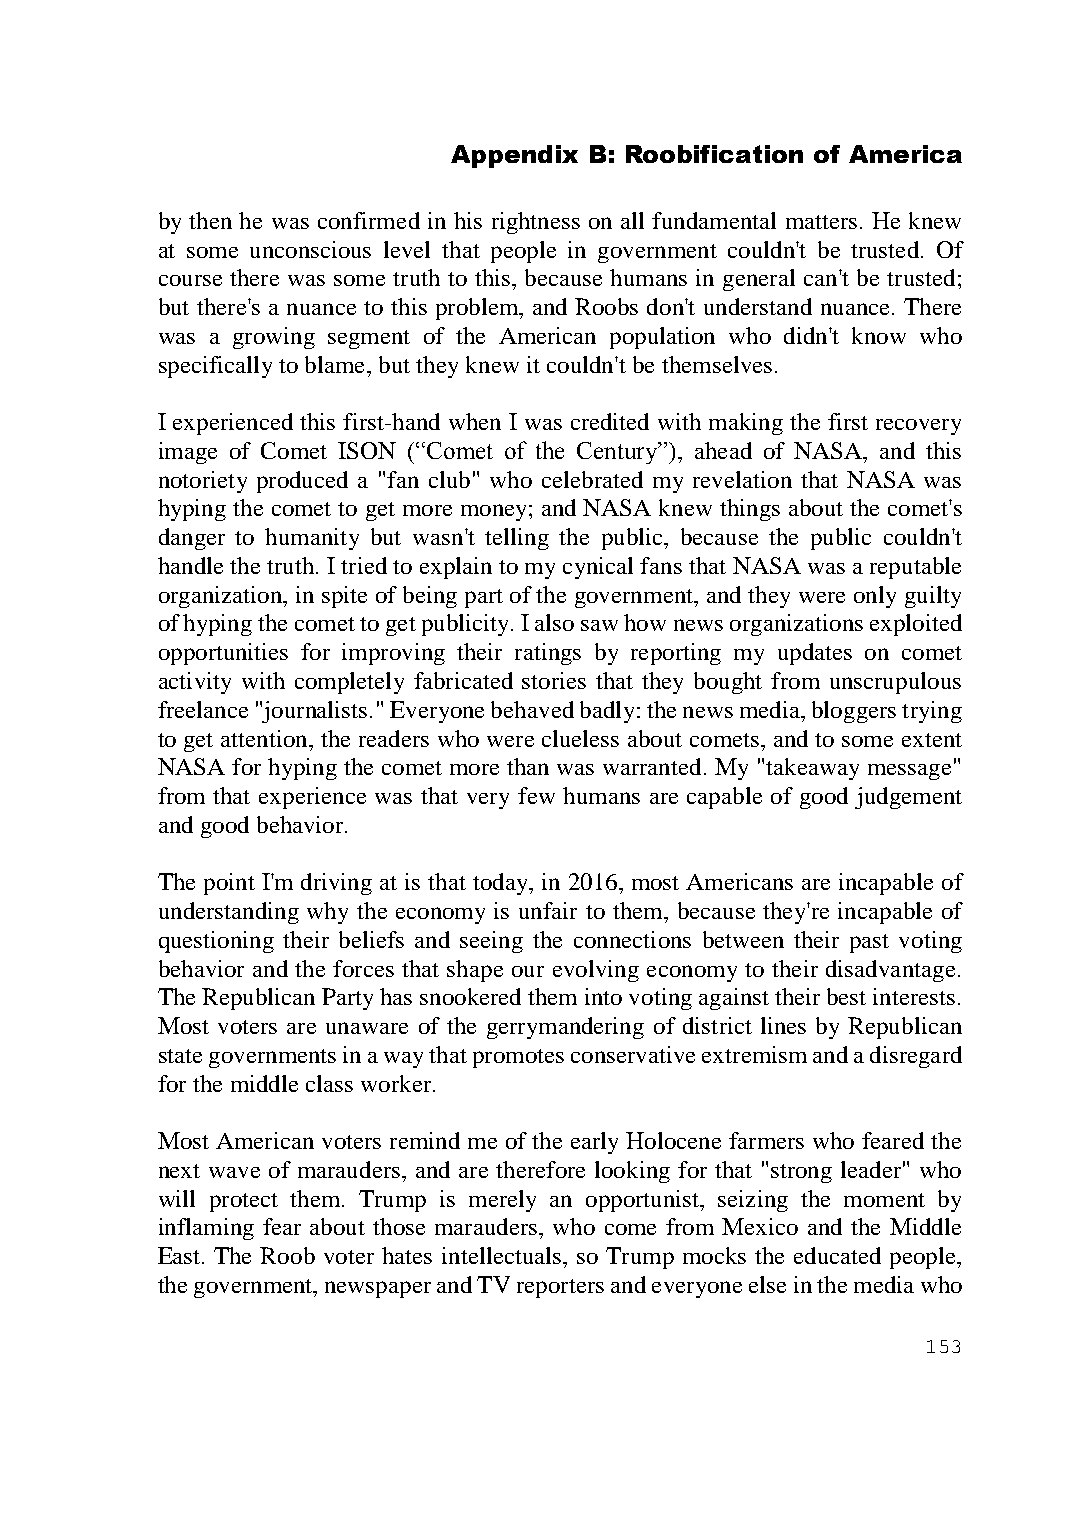
Appendix B: Roobification of America
 by then he was confirmed in his rightness on all fundamental matters. He knew
 at some unconscious level that people in government couldn't be trusted. Of
 course there was some truth to this, because humans in general can't be trusted;
 but there's a nuance to this problem, and Roobs don't understand nuance. There
 was a growing segment of the American population who didn't know who
 specifically to blame, but they knew it couldn't be themselves.
 I experienced this first-hand when I was credited with making the first recovery
 image of Comet ISON (“Comet of the Century”), ahead of NASA, and this
 notoriety produced a "fan club" who celebrated my revelation that NASA was
 hyping the comet to get more money; and NASA knew things about the comet's
 danger to humanity but wasn't telling the public, because the public couldn't
 handle the truth. I tried to explain to my cynical fans that NASA was a reputable
 organization, in spite of being part of the government, and they were only guilty
 of hyping the comet to get publicity. I also saw how news organizations exploited
 opportunities for improving their ratings by reporting my updates on comet
 activity with completely fabricated stories that they bought from unscrupulous
 freelance "journalists." Everyone behaved badly: the news media, bloggers trying
 to get attention, the readers who were clueless about comets, and to some extent
 NASA for hyping the comet more than was warranted. My "takeaway message"
 from that experience was that very few humans are capable of good judgement
 and good behavior.
 The point I'm driving at is that today, in 2016, most Americans are incapable of
 understanding why the economy is unfair to them, because they're incapable of
 questioning their beliefs and seeing the connections between their past voting
 behavior and the forces that shape our evolving economy to their disadvantage.
 The Republican Party has snookered them into voting against their best interests.
 Most voters are unaware of the gerrymandering of district lines by Republican
 state governments in a way that promotes conservative extremism and a disregard
 for the middle class worker.
 Most American voters remind me of the early Holocene farmers who feared the
 next wave of marauders, and are therefore looking for that "strong leader" who
 will protect them. Trump is merely an opportunist, seizing the moment by
 inflaming fear about those marauders, who come from Mexico and the Middle
 East. The Roob voter hates intellectuals, so Trump mocks the educated people,
 the government, newspaper and TV reporters and everyone else in the media who
 153